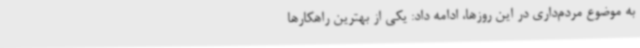
به موضوع مردم‌داری در این روزها، ادامه داد: یکی از بهترین راهکارها